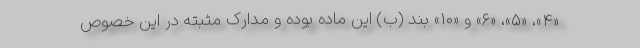
«۴»، «۵»، «۶» و «۱۰» بند (ب) این ماده بوده و مدارک مثبته در این خصوص